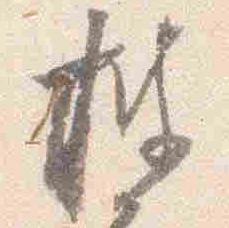
披